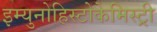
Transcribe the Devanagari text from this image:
इम्युनोहिस्टोकेमिस्ट्री